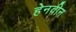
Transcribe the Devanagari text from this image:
हेनवीन